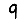
Digit: 9